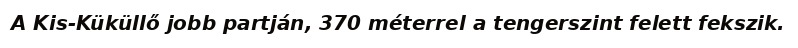
A Kis-Küküllő jobb partján, 370 méterrel a tengerszint felett fekszik.